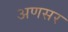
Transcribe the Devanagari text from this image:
अणसर